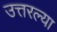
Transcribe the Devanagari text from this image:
उत्तरल्या